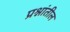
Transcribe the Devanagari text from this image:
प्रश्नांतील